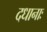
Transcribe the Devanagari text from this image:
दधानाः